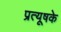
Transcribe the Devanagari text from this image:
प्रत्यूषके